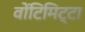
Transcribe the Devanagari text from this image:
वोंटिमिट्टा